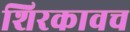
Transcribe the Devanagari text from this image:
शिरकावच